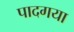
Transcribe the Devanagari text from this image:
पादगया